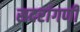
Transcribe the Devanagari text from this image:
सदरांगणी